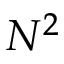
N ^ { 2 }